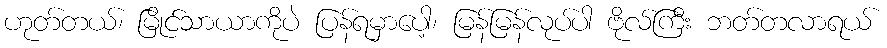
ဟုတ်တယ်၊ မြိုင်သာယာကိုပဲ ပြန်ရမှာပေါ့၊ မြန်မြန်လုပ်ပါ ဗိုလ်ကြီး ဘတ်တလာရယ်